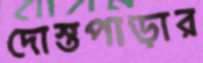
দোস্তপাড়ার